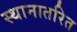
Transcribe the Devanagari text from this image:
स्थानातरित